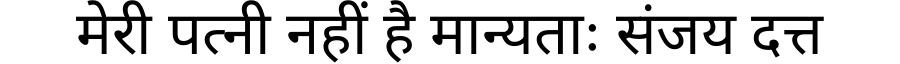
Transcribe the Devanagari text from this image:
मेरी पत्नी नहीं है मान्यताः संजय दत्त